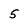
Character: 5